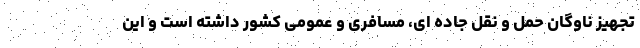
تجهیز ناوگان حمل و نقل جاده ای، مسافری و عمومی کشور داشته است و این